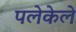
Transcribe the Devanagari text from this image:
पलेकेले